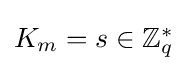
\textstyle K_{m}=s\in \mathbb {Z} _{q}^{*}